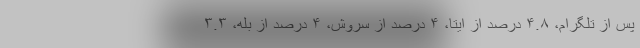
پس از تلگرام، ۴.۸ درصد از ایتا، ۴ درصد از سروش، ۴ درصد از بله، ۳.۳